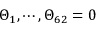
\Theta _ { 1 } , \cdots , \Theta _ { 6 2 } = 0